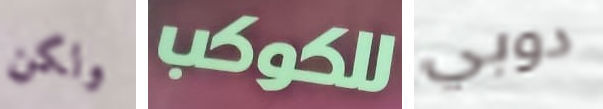
ولكن للكوكب دوبي